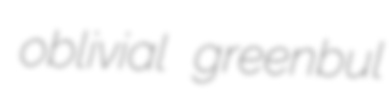
oblivial greenbul